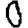
Digit: 0